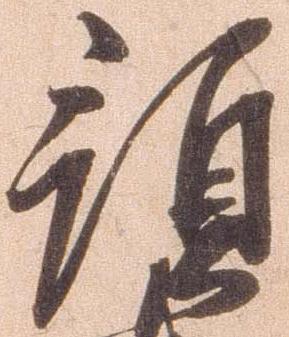
預